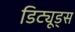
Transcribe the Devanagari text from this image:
डिट्यूड्स